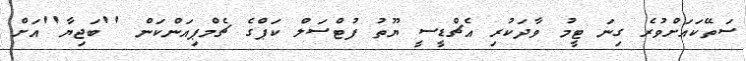
ސަތޭކައަށްވުރެ ގިނަ ޓީމު ވާދަކުރި އެޗްޑީސީ ޔޫތު ފުޓްސަލް ކަޕްގެ ޗެމްޕިއަންކަން ''ބަޖިޔާ''އަށް